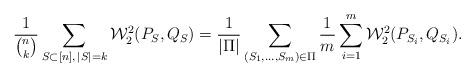
LaTeX: \begin{align*}\frac{1}{\binom{n}{k}}\sum_{S \subset [n], \, |S|=k} \mathcal{W}_2^2(P_{S},Q_{S}) = \frac{1}{|\Pi|}\sum_{(S_1,\ldots,S_m) \in \Pi}\frac{1}{m}\sum_{i=1}^m \mathcal{W}_2^2(P_{S_i},Q_{S_i}).\end{align*}